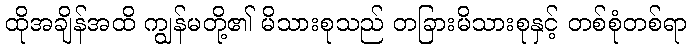
ထိုအချိန်အထိ ကျွန်မတို့၏ မိသားစုသည် တခြားမိသားစုနှင့် တစ်စုံတစ်ရာ